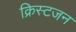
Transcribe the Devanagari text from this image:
क्रिस्टजन